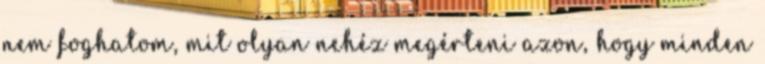
nem foghatom, mit olyan nehéz megérteni azon, hogy minden